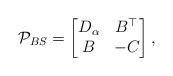
LaTeX: \begin{align*}\mathcal{P}_{BS} = \begin{bmatrix}D_\alpha & B^\top \\B & -C\end{bmatrix},\end{align*}